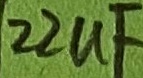
Text: 22µF